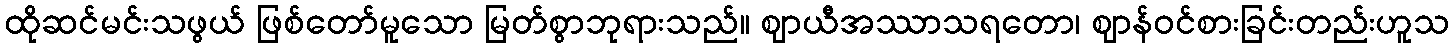
ထိုဆင်မင်းသဖွယ် ဖြစ်တော်မူသော မြတ်စွာဘုရားသည်။ ဈာယီအဿာသရတော၊ ဈာန်ဝင်စားခြင်းတည်းဟူသ